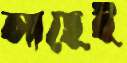
আছেই